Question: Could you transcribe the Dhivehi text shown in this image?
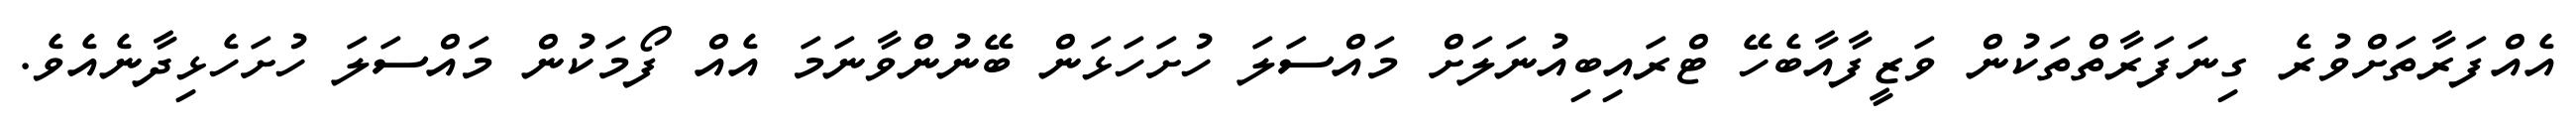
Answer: އެއްފަރާތަށްވުރެ ގިނަފަރާތްތަކުން ވަޒީފާއާބެހޭ ޓްރައިބިއުނަލަށް މައްސަލަ ހުށަހަޅަން ބޭނުންވާނަމަ އެއް ފޯމަކުން މައްސަލަ ހުށަހެޅިދާނެއެވެ.